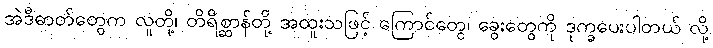
အဲဒီဓာတ်တွေက လူတို့၊ တိရိစ္ဆာန်တို့ အထူးသဖြင့် ကြောင်တွေ၊ ခွေးတွေကို ဒုက္ခပေးပါတယ် လို့